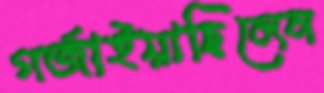
গর্জাইয়াছিলেন